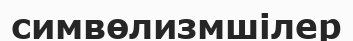
симвөлизмшілер